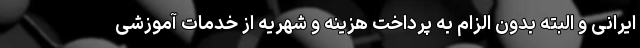
ایرانی و البته بدون الزام به پرداخت هزینه و شهریه از خدمات آموزشی